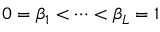
0 = \beta _ { 1 } < \cdots < \beta _ { L } = 1